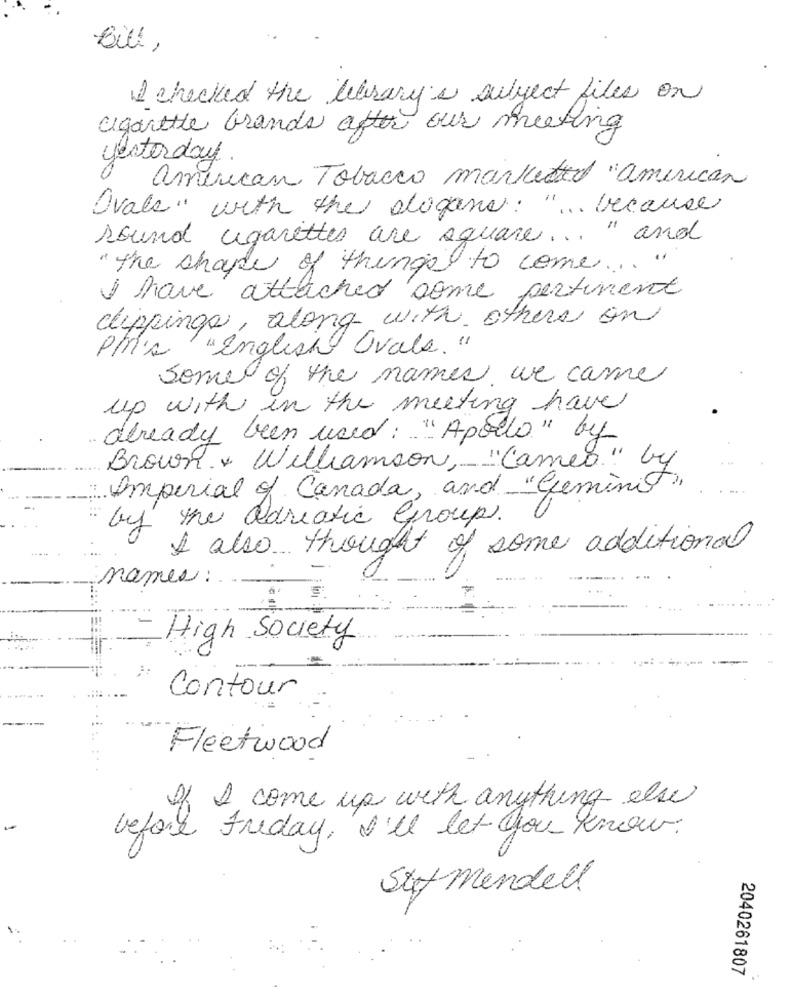
Bill ,
I checked the library's subject files on
cigarttle Grands after our meeting
yesterday.
american Tobacco marketed "american
Ovale" with the dogane: " .. because
sound cigarettes are square ... " and
" the shape of things to come ... "
I have attached some pertinent
clippings, along with others on
"English Ovals. "
PM's
some of the names we came
up with in the meeting have
already been used: "Apollo" by
Brown + Williamson, "Cameo" by
Imperial of Canada, and "Geminit"
by the adriatic Group.
I also thought of some additional
names :.
High Society
Contour
Fleetwood
I come up with anything else
before Friday, I'll let you know.
Stif mendell
2040261807